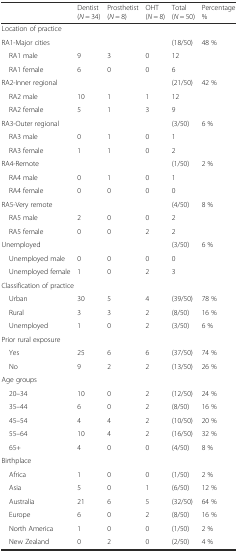
<table><thead><tr><td></td><td><b>Dentist(<i>N</i> = 34)</b></td><td><b>Prosthetist(<i>N</i> = 8)</b></td><td><b>OHT(<i>N</i> = 8)</b></td><td><b>Total(<i>N</i> = 50)</b></td><td><b>Percentage%</b></td></tr></thead><tbody><tr><td colspan="6">Location of practice</td></tr><tr><td>RA1-Major cities</td><td></td><td></td><td></td><td>(18/50)</td><td>48 %</td></tr><tr><td> RA1 male</td><td>9</td><td>3</td><td>0</td><td>12</td><td></td></tr><tr><td> RA1 female</td><td>6</td><td>0</td><td>0</td><td>6</td><td></td></tr><tr><td>RA2-Inner regional</td><td></td><td></td><td></td><td>(21/50)</td><td>42 %</td></tr><tr><td> RA2 male</td><td>10</td><td>1</td><td>1</td><td>12</td><td></td></tr><tr><td> RA2 female</td><td>5</td><td>1</td><td>3</td><td>9</td><td></td></tr><tr><td>RA3-Outer regional</td><td></td><td></td><td></td><td>(3/50)</td><td>6 %</td></tr><tr><td> RA3 male</td><td>0</td><td>1</td><td>0</td><td>1</td><td></td></tr><tr><td> RA3 female</td><td>1</td><td>1</td><td>0</td><td>2</td><td></td></tr><tr><td>RA4-Remote</td><td></td><td></td><td></td><td>(1/50)</td><td>2 %</td></tr><tr><td> RA4 male</td><td>0</td><td>1</td><td>0</td><td>1</td><td></td></tr><tr><td> RA4 female</td><td>0</td><td>0</td><td>0</td><td>0</td><td></td></tr><tr><td>RA5-Very remote</td><td></td><td></td><td></td><td>(4/50)</td><td>8 %</td></tr><tr><td> RA5 male</td><td>2</td><td>0</td><td>0</td><td>2</td><td></td></tr><tr><td> RA5 female</td><td>0</td><td>0</td><td>2</td><td>2</td><td></td></tr><tr><td>Unemployed</td><td></td><td></td><td></td><td>(3/50)</td><td>6 %</td></tr><tr><td> Unemployed male</td><td>0</td><td>0</td><td>0</td><td>0</td><td></td></tr><tr><td> Unemployed female</td><td>1</td><td>0</td><td>2</td><td>3</td><td></td></tr><tr><td colspan="6">Classification of practice</td></tr><tr><td> Urban</td><td>30</td><td>5</td><td>4</td><td>(39/50)</td><td>78 %</td></tr><tr><td> Rural</td><td>3</td><td>3</td><td>2</td><td>(8/50)</td><td>16 %</td></tr><tr><td> Unemployed</td><td>1</td><td>0</td><td>2</td><td>(3/50)</td><td>6 %</td></tr><tr><td colspan="6">Prior rural exposure</td></tr><tr><td> Yes</td><td>25</td><td>6</td><td>6</td><td>(37/50)</td><td>74 %</td></tr><tr><td> No</td><td>9</td><td>2</td><td>2</td><td>(13/50)</td><td>26 %</td></tr><tr><td colspan="6">Age groups</td></tr><tr><td> 20–34</td><td>10</td><td>0</td><td>2</td><td>(12/50)</td><td>24 %</td></tr><tr><td> 35–44</td><td>6</td><td>0</td><td>2</td><td>(8/50)</td><td>16 %</td></tr><tr><td> 45–54</td><td>4</td><td>4</td><td>2</td><td>(10/50)</td><td>20 %</td></tr><tr><td> 55–64</td><td>10</td><td>4</td><td>2</td><td>(16/50)</td><td>32 %</td></tr><tr><td> 65+</td><td>4</td><td>0</td><td>0</td><td>(4/50)</td><td>8 %</td></tr><tr><td colspan="6">Birthplace</td></tr><tr><td> Africa</td><td>1</td><td>0</td><td>0</td><td>(1/50)</td><td>2 %</td></tr><tr><td> Asia</td><td>5</td><td>0</td><td>1</td><td>(6/50)</td><td>12 %</td></tr><tr><td> Australia</td><td>21</td><td>6</td><td>5</td><td>(32/50)</td><td>64 %</td></tr><tr><td> Europe</td><td>6</td><td>0</td><td>2</td><td>(8/50)</td><td>16 %</td></tr><tr><td> North America</td><td>1</td><td>0</td><td>0</td><td>(1/50)</td><td>2 %</td></tr><tr><td> New Zealand</td><td>0</td><td>2</td><td>0</td><td>(2/50)</td><td>4 %</td></tr></tbody></table>